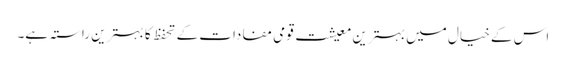
اس کے خیال میں بہترین معیشت قومی مفادات کے تحفظ کا بہترین راستہ ہے۔